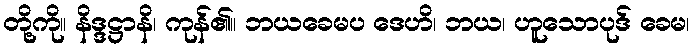
တို့ကို။ နိဒ္ဒဋ္ဌာနိ၊ ကုန်၏။ ဘယခေမပ ဒေဟိ၊ ဘယ၊ ဟူသောပုဒ် ခေမ၊